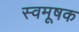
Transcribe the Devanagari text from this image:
स्वमूषक